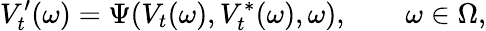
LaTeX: V_{t}^{\prime}(\omega)=\Psi(V_{t}(\omega),V_{t}^{\ast}(\omega),\omega),\qquad\omega\in\Omega,